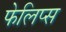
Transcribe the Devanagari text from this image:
फेलिप्स